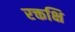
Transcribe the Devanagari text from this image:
रक्तक्षि